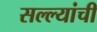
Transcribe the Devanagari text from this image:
सल्ल्यांची